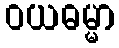
ဝယဓမ္မာ